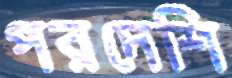
পরদেশি